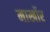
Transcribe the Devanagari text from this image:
मार्खोर